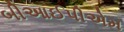
બીઆઈપીએમ